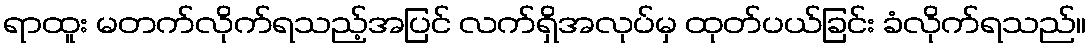
ရာထူး မတက်လိုက်ရသည့်အပြင် လက်ရှိအလုပ်မှ ထုတ်ပယ်ခြင်း ခံလိုက်ရသည်။